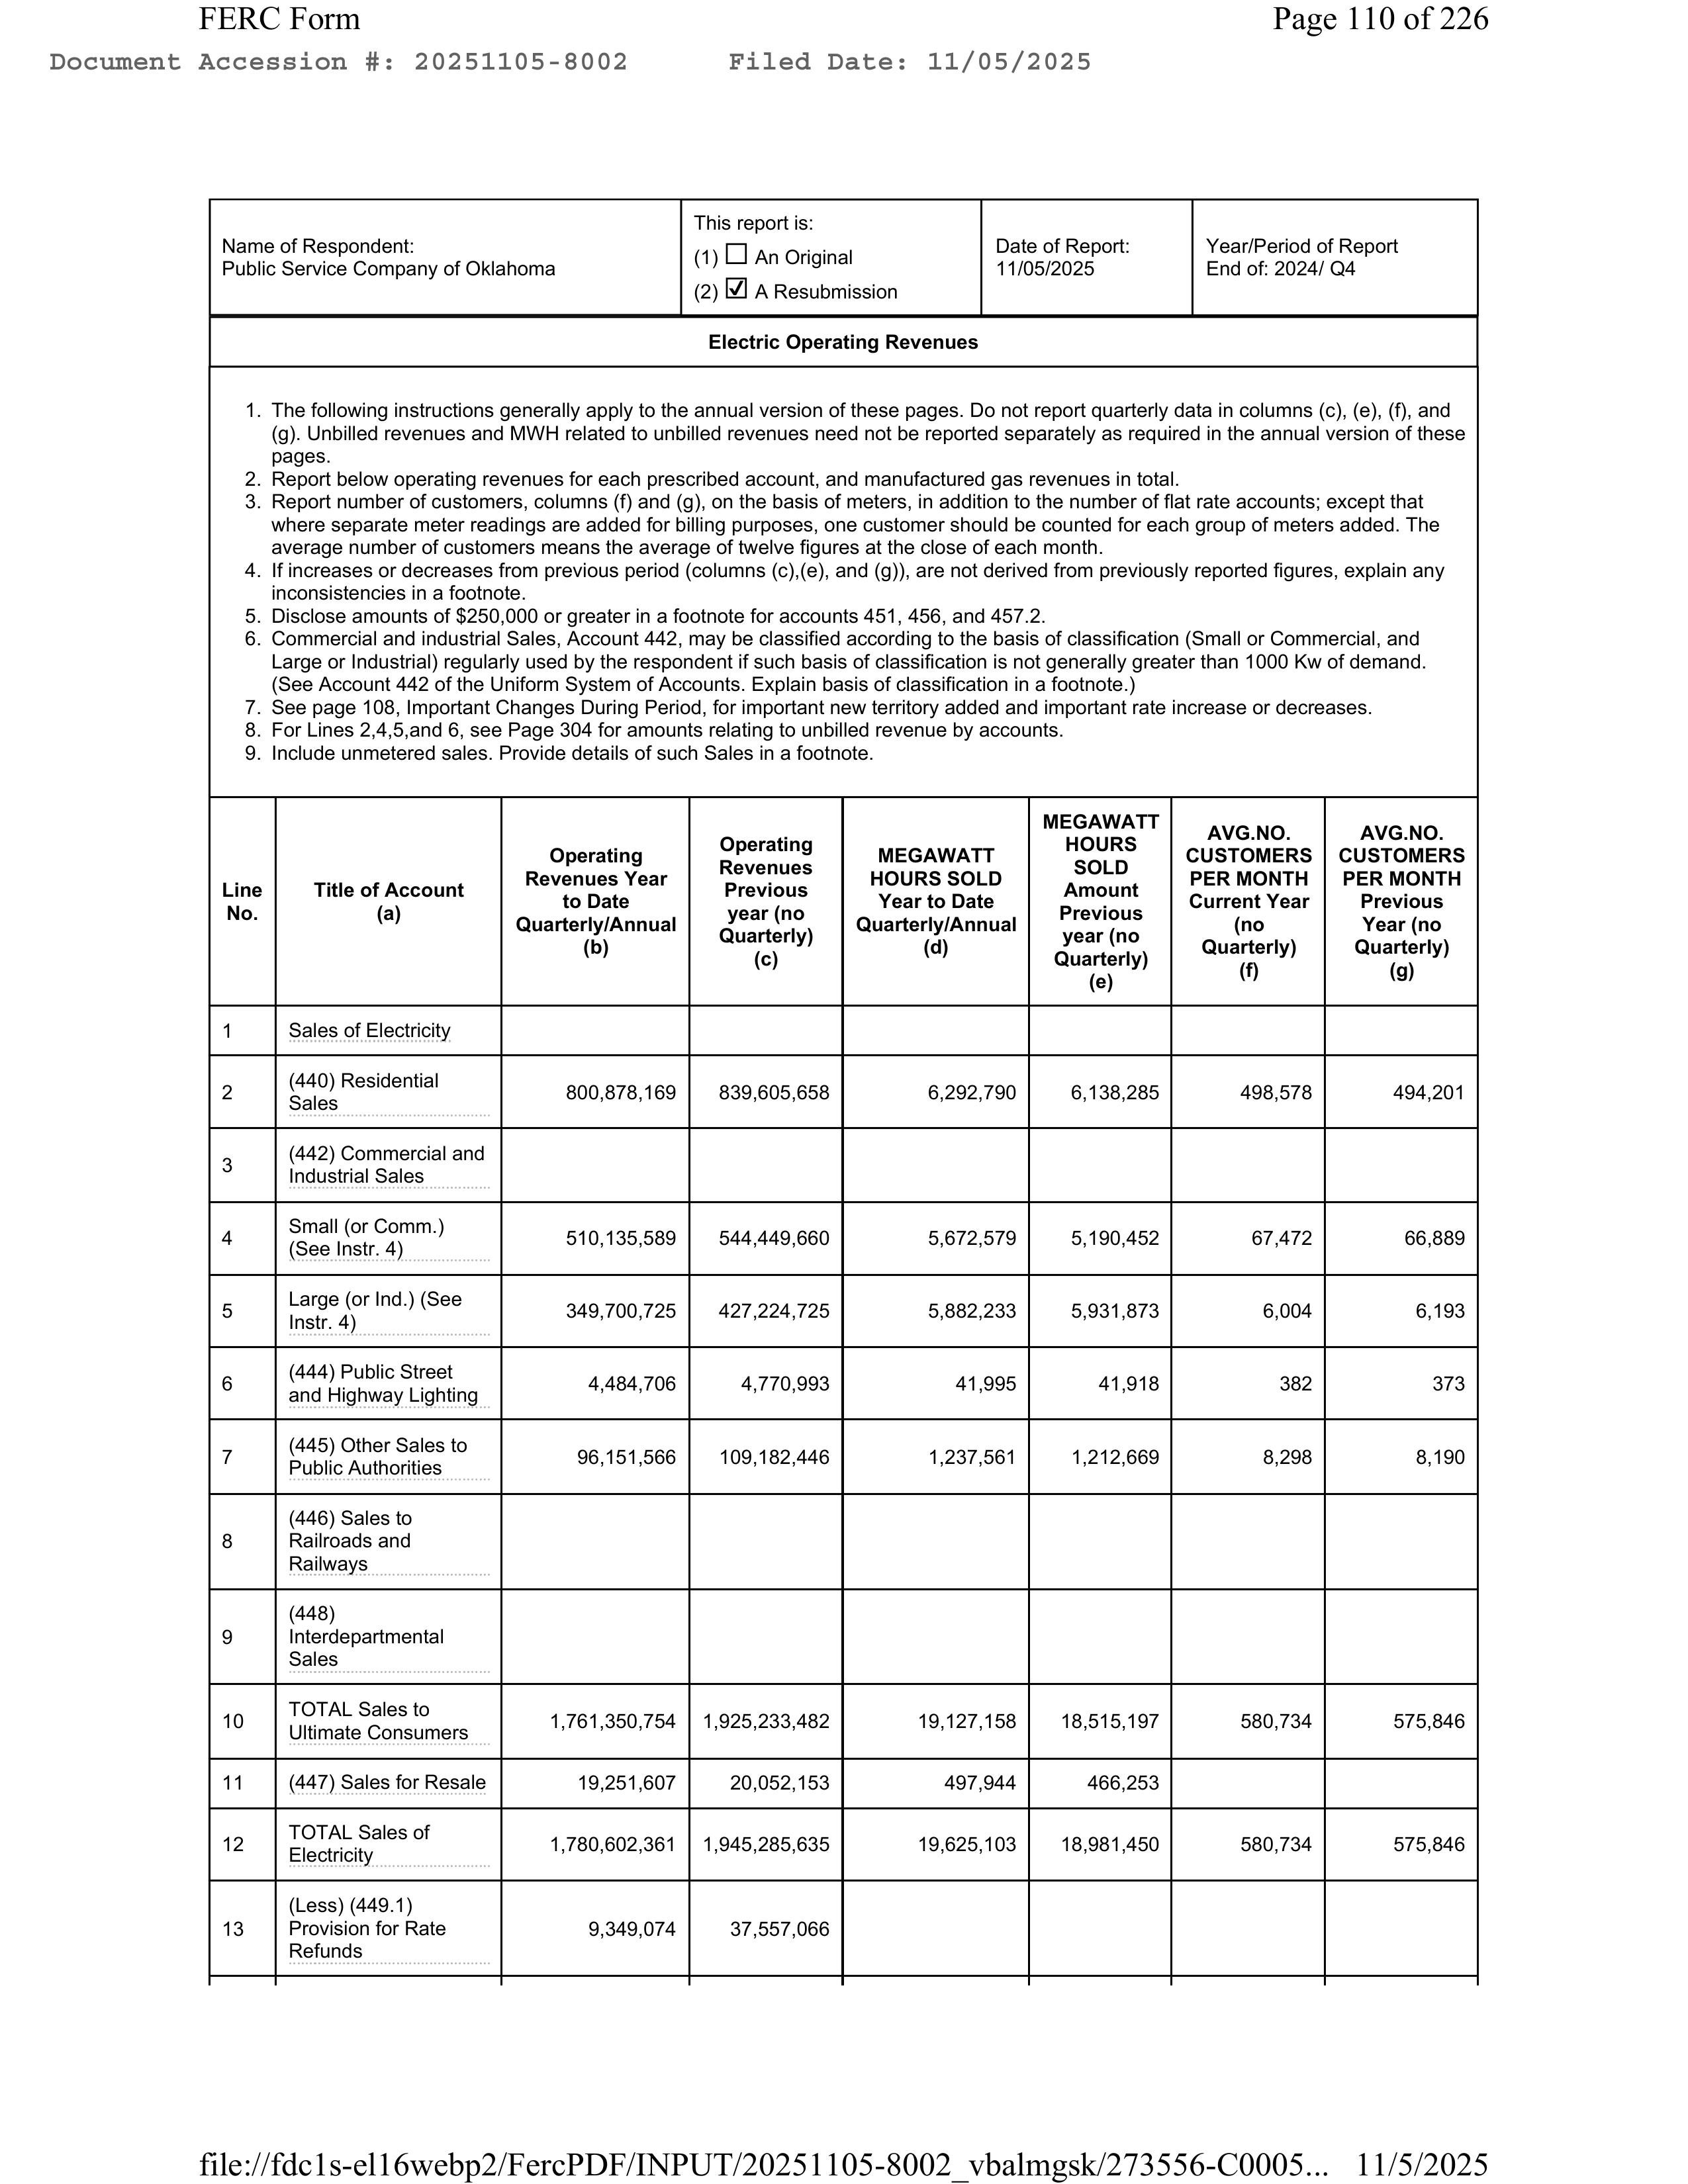
FERC Form                                                                                      Page 110 of 226
Document Accession #: 20251105-8002       Filed Date: 11/05/2025

                                                                            This report is:
Name of Respondent:                                                        (1) □ An Original                Date of Report:          Year/Period of Report
Public Service Company of Oklahoma                                         (2) ☑ A Resubmission             11/05/2025              End of: 2024/ Q4

                                                     Electric Operating Revenues

1. The following instructions generally apply to the annual version of these pages. Do not report quarterly data in columns (c), (e), (f), and
   (g). Unbilled revenues and MWH related to unbilled revenues need not be reported separately as required in the annual version of these
   pages.
2. Report below operating revenues for each prescribed account, and manufactured gas revenues in total.
3. Report number of customers, columns (f) and (g), on the basis of meters, in addition to the number of flat rate accounts; except that
   where separate meter readings are added for billing purposes, one customer should be counted for each group of meters added. The
   average number of customers means the average of twelve figures at the close of each month.
4. If increases or decreases from previous period (columns (c),(e), and (g)), are not derived from previously reported figures, explain any
   inconsistencies in a footnote.
5. Disclose amounts of $250,000 or greater in a footnote for accounts 451, 456, and 457.2.
6. Commercial and Industrial Sales, Account 442, may be classified according to the basis of classification (Small or Commercial, and
   Large or Industrial) regularly used by the respondent if such basis of classification is not generally greater than 1000 Kw of demand.
   (See Account 442 of the Uniform System of Accounts. Explain basis of classification in a footnote.)
7. See page 108, Important Changes During Period, for important new territory added and important rate increase or decreases.
8. For Lines 2,4,5,and 6, see Page 304 for amounts relating to unbilled revenue by accounts.
9. Include unmetered sales. Provide details of such Sales in a footnote.

                                                                                                               MEGAWATT          AVG.NO.
                                           Operating              Operating        MEGAWATT                     HOURS            CUSTOMERS
                                           Revenues Year          Revenues         HOURS SOLD                   SOLD             PER MONTH
Line                                       to Date                year (no         Year to Date                 Amount           Previous
No.         Title of Account               Quarterly/Annual       Quarterly)       Quarterly/Annual             Previous         Year (no
                (a)                               (b)                (c)                (d)                      year (no         Quarterly)
                                                                                                               Quarterly)            (g)
                                                                                                                  (e)

1           Sales of Electricity

2           (440) Residential              800,878,169          839,605,658        6,292,790        6,138,285        498,578        494,201
            Sales

3           (442) Commercial and
            Industrial Sales

4           Small (or Comm.)               510,135,589          544,449,660        5,672,579        5,190,452         67,472         66,889
            (See Instr. 4)

5           Large (or Ind.) (See
            Instr. 4)                      349,700,725          427,224,725        5,882,233        5,931,873          6,004          6,193

6           (444) Public Street            4,484,706            4,770,993           41,995           41,918            382            373
            and Highway Lighting

7           (445) Other Sales to           96,151,566          109,182,446         1,237,561        1,212,669          8,298          8,190
            Public Authorities

8           (446) Sales to
            Railroads and
            Railways

9           (448)
            Interdepartmental
            Sales

10          TOTAL Sales to                1,761,350,754       1,925,233,482       19,127,158       18,515,197        580,734        575,846
            Ultimate Consumers

11          (447) Sales for Resale          19,251,607          20,052,153          497,944          466,253

12          TOTAL Sales of                 1,780,602,361       1,945,285,635       19,625,103       18,981,450        580,734        575,846
            Electricity

13          (Less) (449.1)                  9,349,074           37,557,066
            Provision for Rate
            Refunds

file://fdc1s-el16webp2/FercPDF/INPUT/20251105-8002_vbalmgsk/273556-C0005...  11/5/2025